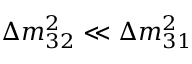
\Delta { m } _ { 3 2 } ^ { 2 } \ll \Delta { m } _ { 3 1 } ^ { 2 }